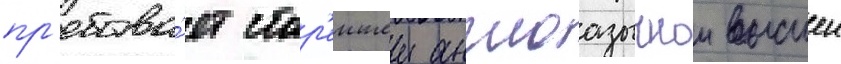
пр'ебыва́ет стар'еишеи англоазычнои высшеи